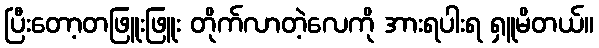
ပြီးတော့တဖြူးဖြူး တိုက်လာတဲ့လေကို အားရပါးရ ရှူမိတယ်။